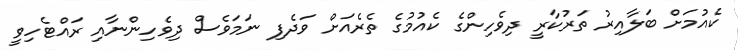
ކެއުމަށް ބަލާއިރު ތަރުކާރީ ދިވެހިންގެ ކެއުމުގެ ތެރެއަށް ވަދެފި ނަމަވެސް ދިވެހިންނާއި ރައްޓެހިވީ